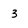
Character: 3